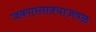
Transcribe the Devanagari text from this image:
जकातनाक्याजवळ